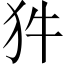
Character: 𭷽